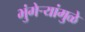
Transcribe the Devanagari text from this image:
भुंगेर्‍यांमुळे